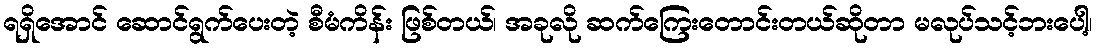
ရရှိအောင် ဆောင်ရွက်ပေးတဲ့ စီမံကိန်း ဖြစ်တယ်၊ အခုလို ဆက်ကြေးတောင်းတယ်ဆိုတာ မလုပ်သင့်ဘးပေါ့၊